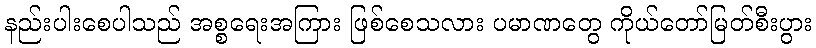
နည်းပါးစေပါသည် အစ္စရေးအကြား ဖြစ်စေသလား ပမာဏတွေ ကိုယ်တော်မြတ်စီးပွား